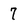
Character: 7